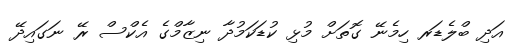
އަދި ބްލެޑަރ ހިމެނޭ ގޮތަށް މުޅި ކުޑަކަމުދާ ނިޒާމްގެ އެކްސް ރޭ ނަގައިދޭ